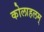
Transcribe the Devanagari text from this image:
कोलाहलम्